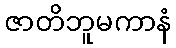
ဇာတိဘူမကာနံ